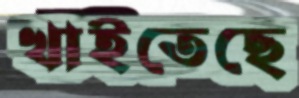
খাইতেছে